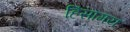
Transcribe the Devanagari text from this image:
हिंसामय